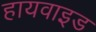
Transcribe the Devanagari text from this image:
हायवाइड